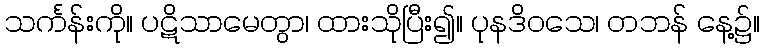
သင်္ကန်းကို။ ပဋိသာမေတွာ၊ ထားသိုပြီး၍။ ပုနဒိဝသေ၊ တဘန် နေ့၌။